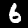
Label: 6